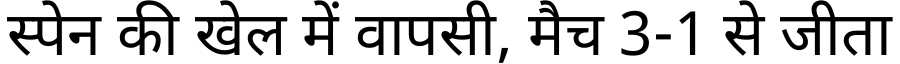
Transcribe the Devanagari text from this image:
स्पेन की खेल में वापसी, मैच 3-1 से जीता